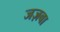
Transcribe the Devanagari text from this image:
जज़बा